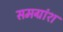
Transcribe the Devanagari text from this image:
समग्रांश